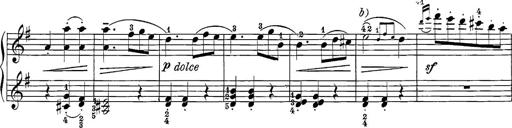
Title: 12 Sonatine per Pianoforte
Composer: Friedrich Kuhlau